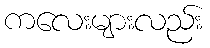
ကလေးများလည်း